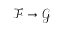
{ \mathcal { F } } \to { \mathcal { G } }